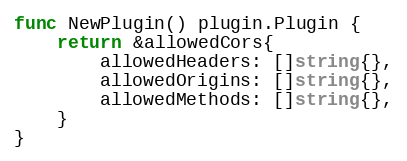
Language: Go
func NewPlugin() plugin.Plugin {
	return &allowedCors{
		allowedHeaders: []string{},
		allowedOrigins: []string{},
		allowedMethods: []string{},
	}
}